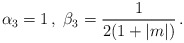
\begin{align*}\alpha_3=1\,,\;\beta_3={1\over 2(1+|m|)}\,.\end{align*}